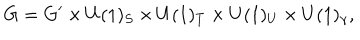
G = G ^ { \prime } \times U ( 1 ) _ { S } \times U ( 1 ) _ { T } \times U ( 1 ) _ { U } \times U ( 1 ) _ { \gamma } ,